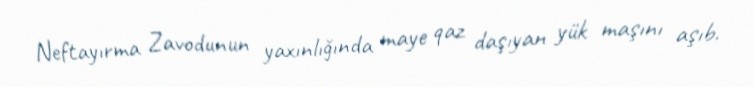
Neftayırma Zavodunun yaxınlığında maye qaz daşıyan yük maşını aşıb.